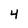
Character: 4